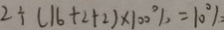
2 \div ( 1 6 + 2 + 2 ) \times 1 0 0 \% = 1 0 \%